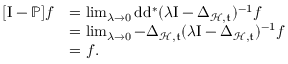
\begin{array} { r l } { [ \mathrm { I } - \mathbb { P } ] f } & { = \operatorname* { l i m } _ { \lambda \rightarrow 0 } \mathrm { d } \mathrm { d } ^ { \ast } ( \lambda \mathrm { I } - \Delta _ { \mathcal { H } , \mathfrak { t } } ) ^ { - 1 } f } \\ & { = \operatorname* { l i m } _ { \lambda \rightarrow 0 } - \Delta _ { \mathcal { H } , \mathfrak { t } } ( \lambda \mathrm { I } - \Delta _ { \mathcal { H } , \mathfrak { t } } ) ^ { - 1 } f } \\ & { = f \mathrm { . ~ } } \end{array}